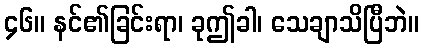
၄၆။ နင်၏ခြင်းရာ၊ ခုဤခါ၊ သေချာသိပြီဘဲ။